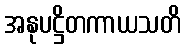
အနုပဋ္ဌိတကာယသတိ